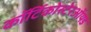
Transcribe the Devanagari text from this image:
कॉर्टिकोस्टेरऑयड